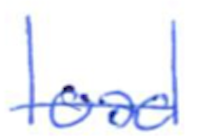
Text: load
Cross-out: single-line
Writing tool: ballpoint